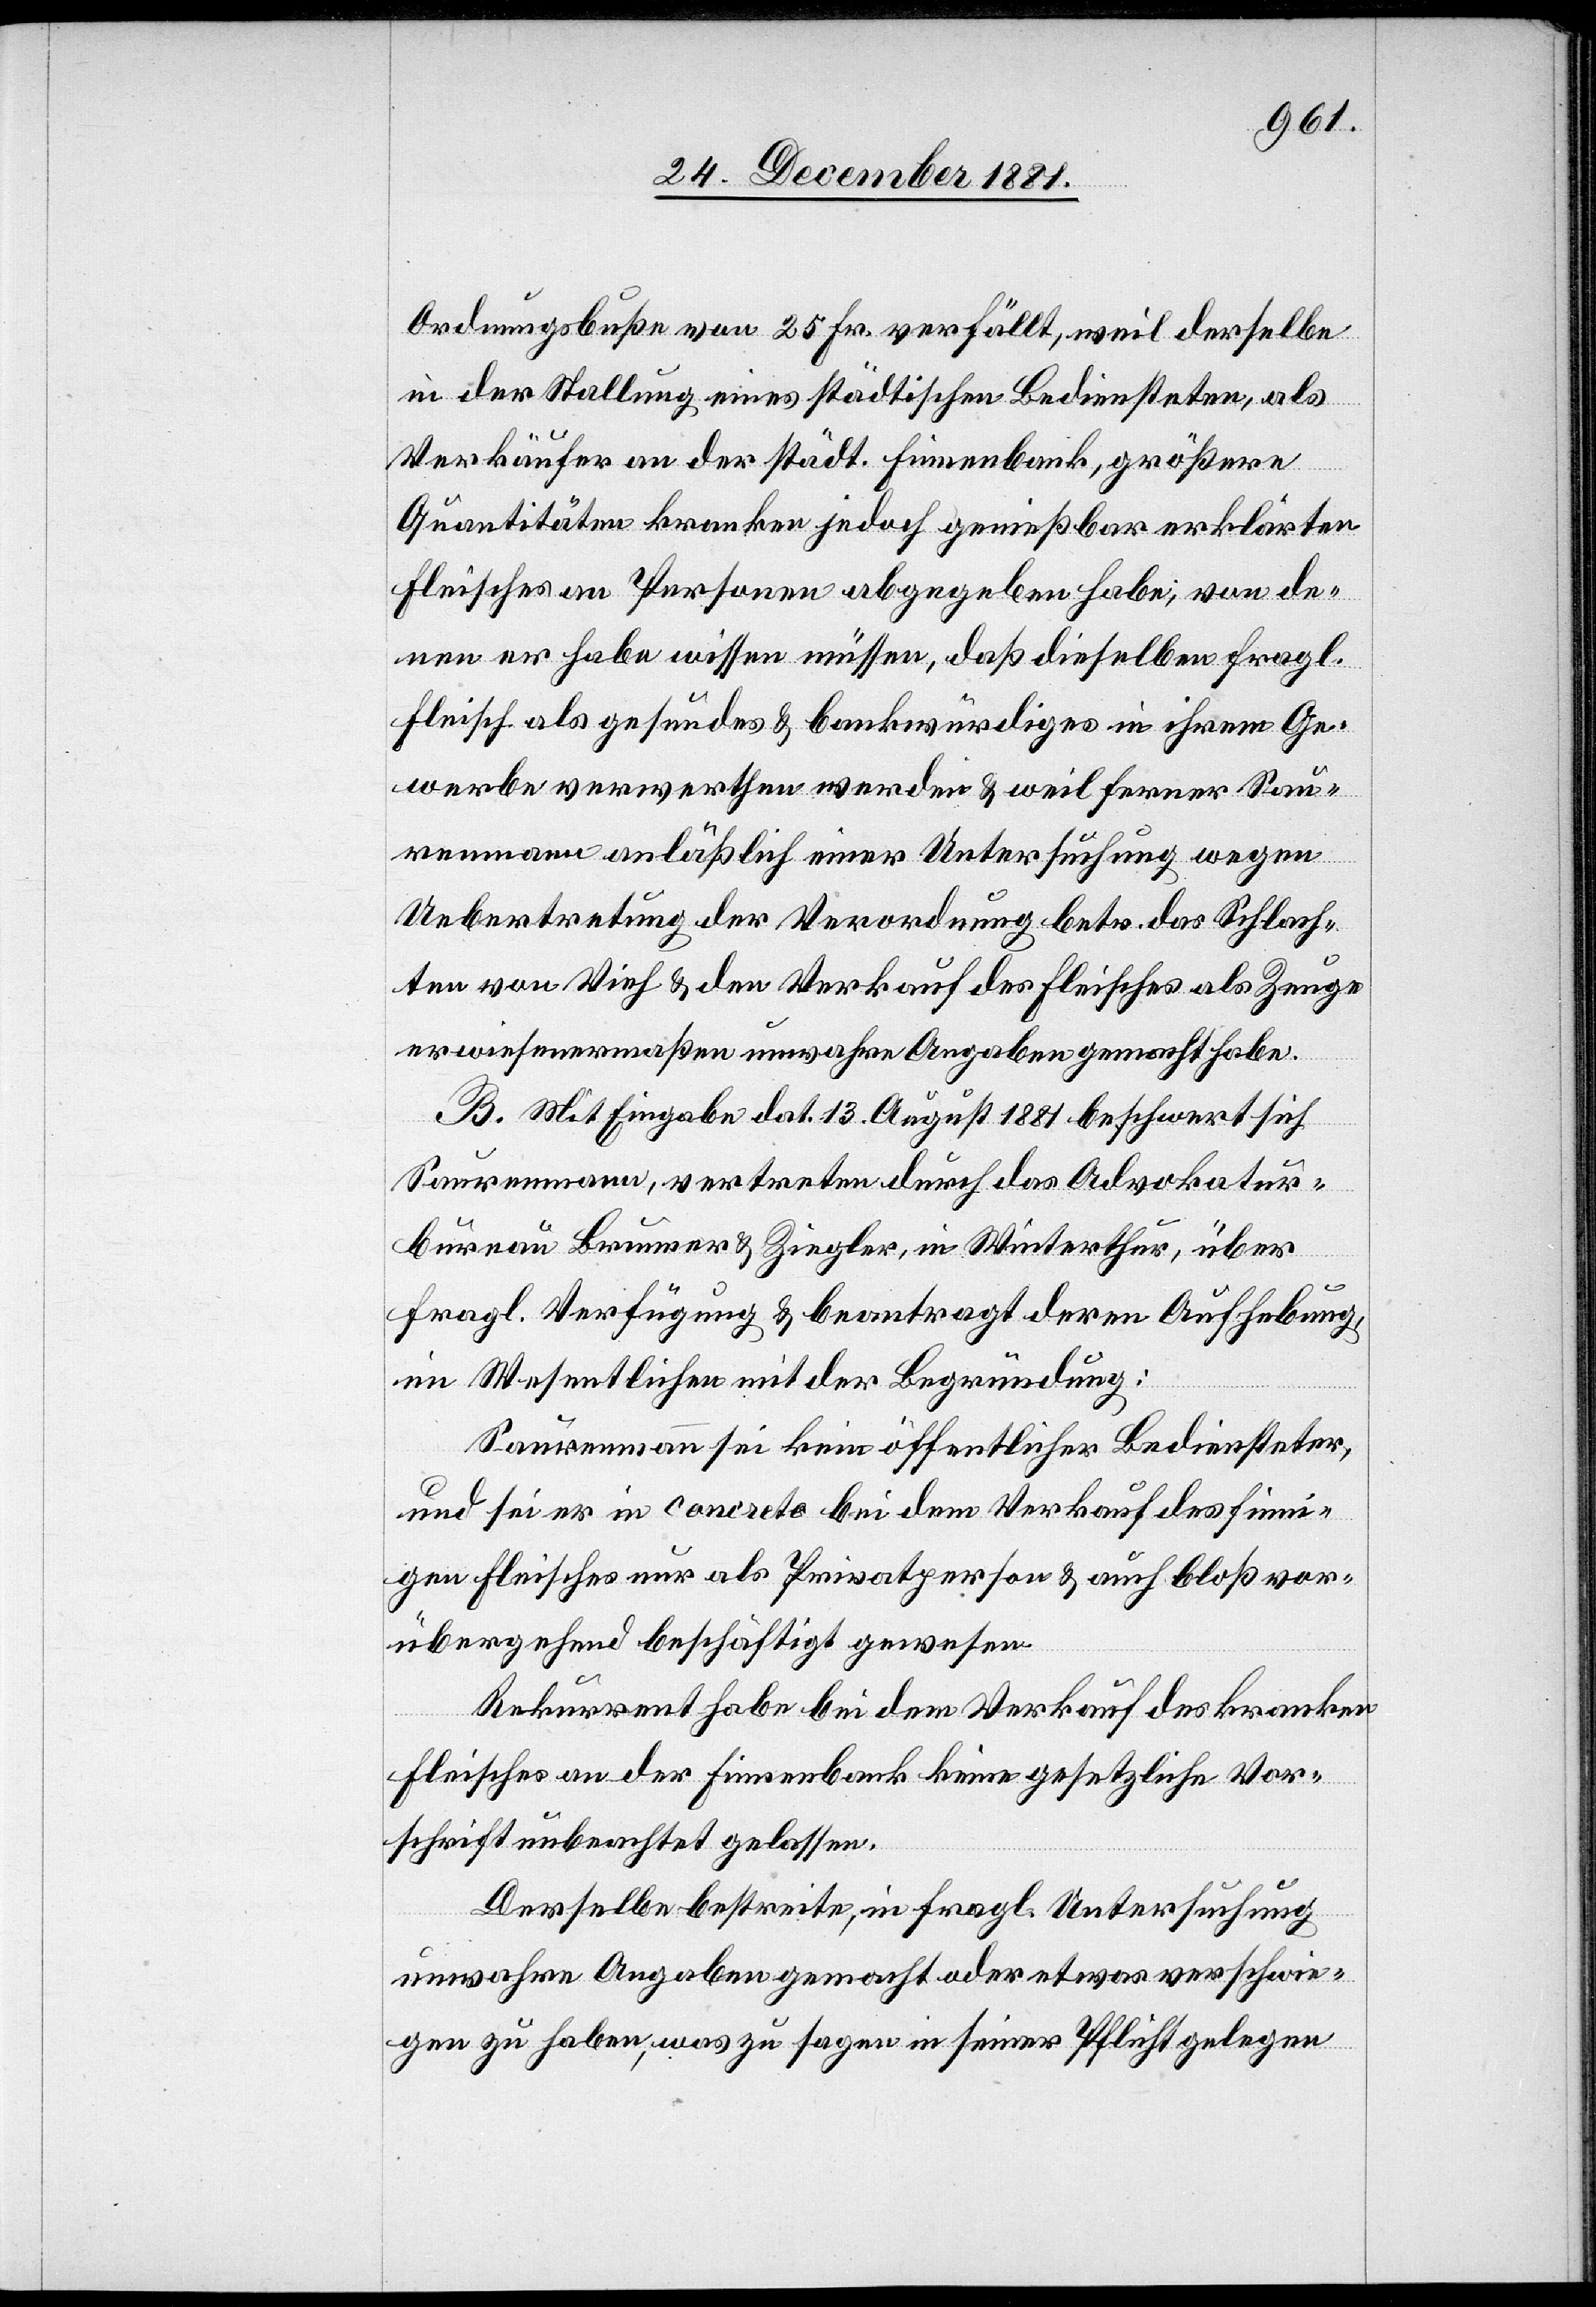
Ordnungsbuße von 25 Fr. verfällt, weil derselbe
in der Stallung eines städtischen Bediensteten, als
Verkäufer an der städt. Finnenbank, größere
Quantitäten kranken jedoch genießbar erklärten
Fleisches an Personen abgegeben habe, von de¬
nen er habe wissen müssen, daß dieselben fragl.
Fleisch als gesundes & bankwürdiges in ihrem Ge¬
werbe verwerthen werden & weil ferner Sau¬
renmann anläßlich einer Untersuchung wegen
Uebertretung der Verordnung betr. das Schlach¬
ten von Vieh & den Verkauf des Fleisches als Zeuge
erwiesenermaßen unwahre Angaben gemacht habe.
B. Mit Eingabe dat. 13. August 1881 beschwert sich
Saurenmann, vertreten durch das Advokatur¬
bureau Brunner & Ziegler, in Winterthur, über
fragl. Verfügung & beantragt deren Aufhebung
im Wesentlichen mit der Begründung:
Saurenmann sei kein öffentlicher Bediensteter
und sei er in concreto bei dem Verkauf des finnis¬
chen Fleisches nur als Privatperson & auch bloß vor¬
übergehend beschäftigt gewesen.
Rekurrent habe bei dem Verkauf des kranken
Fleisches an der Finnenbank keine gesetzliche Vor¬
schrift unbeachtet gelassen.
Derselbe bestreite, in fragl. Untersuchung
unwahre Angaben gemacht oder etwas verschwie¬
gen zu haben, was zu sagen in seiner Pflicht gelegen